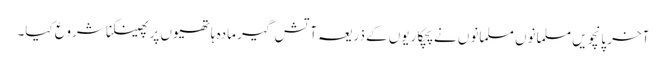
آخر پانچویں مسلمانوں مسلمانوں نے پچکاریوں کے ذریعہ آتش گیر مادہ ہاتھیوں پر پھینکنا شروع کیا۔